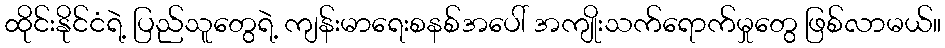
ထိုင်းနိုင်ငံရဲ့ ပြည်သူတွေရဲ့ ကျန်းမာရေးစနစ်အပေါ် အကျိုးသက်ရောက်မှုတွေ ဖြစ်လာမယ်။